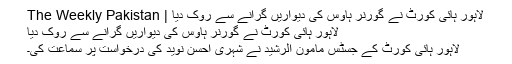
لاہور ہائی کورٹ نے گورنر ہاوس کی دیواریں گرانے سے روک دیا | The Weekly Pakistan
لاہور ہائی کورٹ نے گورنر ہاوس کی دیواریں گرانے سے روک دیا
لاہور ہائی کورٹ کے جسٹس مامون الرشید نے شہری احسن نوید کی درخواست پر سماعت کی۔